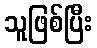
သူဖြစ်ပြီး